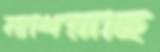
মাখিয়াছি